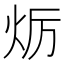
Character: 𤇃